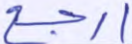
ارجع